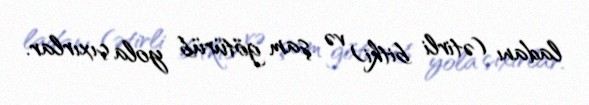
ladanı (ətirli bitki) və şam götürüb yola çıxırlar.